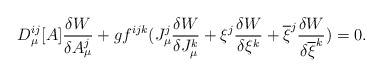
\begin{align*}D_{\mu}^{ij}[A]\frac{\delta W}{\delta A_{\mu}^j}+gf^{ijk}(J_{\mu}^j\frac{\delta W}{\delta J_{\mu}^k}+\xi ^j\frac{\delta W}{\delta \xi ^k}+\overline{\xi}^j\frac{\delta W}{\delta \overline{\xi}^k})=0.\end{align*}